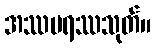
အဿပရဿသုတ်။